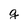
Character: g